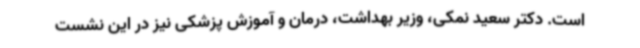
است. دکتر سعید نمکی، وزیر بهداشت، درمان و آموزش پزشکی نیز در این نشست